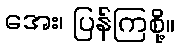
အေး၊ ပြန်ကြစို့။